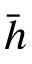
\Bar { h }